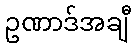
ဥဏာဒ်အချီ